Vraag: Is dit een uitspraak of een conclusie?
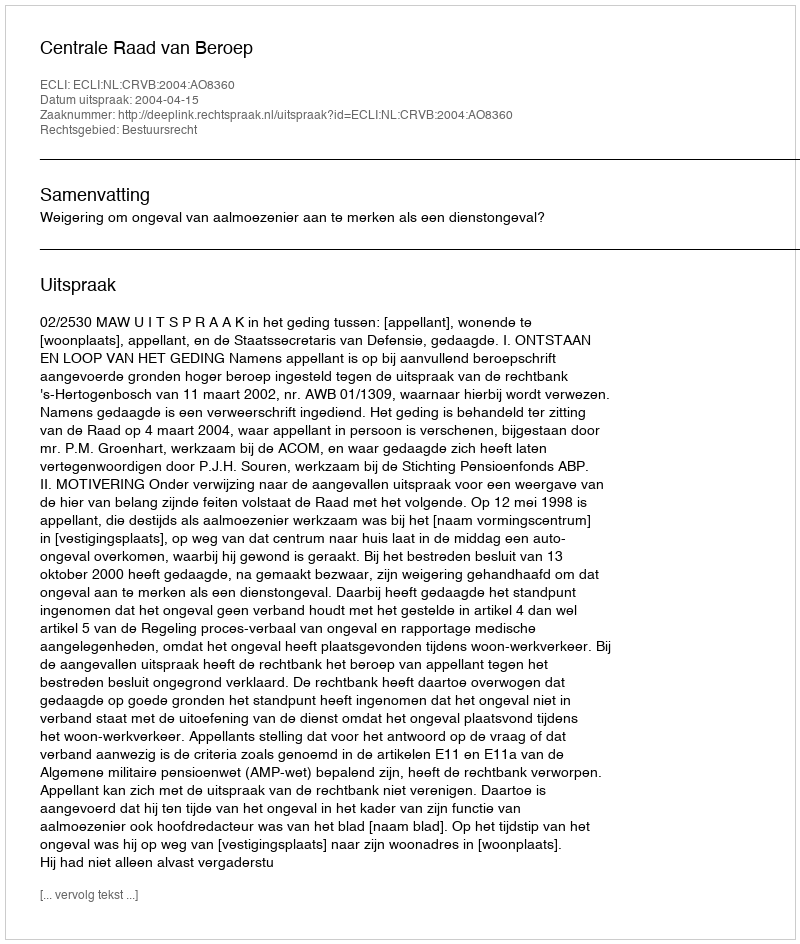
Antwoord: Uitspraak